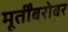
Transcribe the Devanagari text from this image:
मूर्तींबरोबर